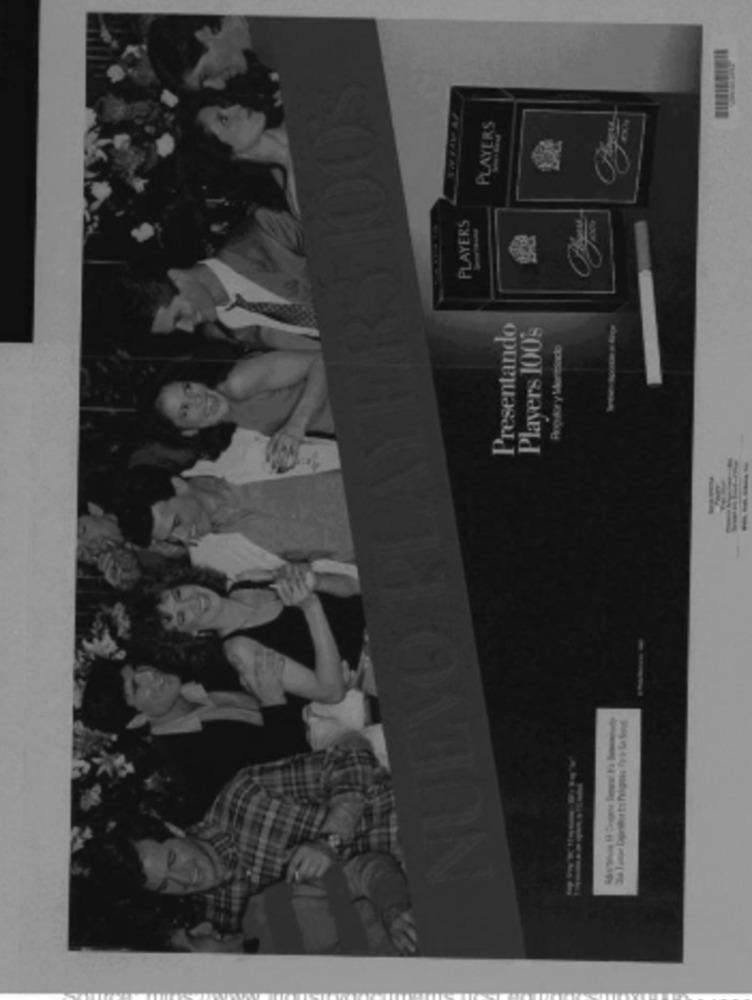
PLAYERS
PLAYERS
Presentando
Players 100's